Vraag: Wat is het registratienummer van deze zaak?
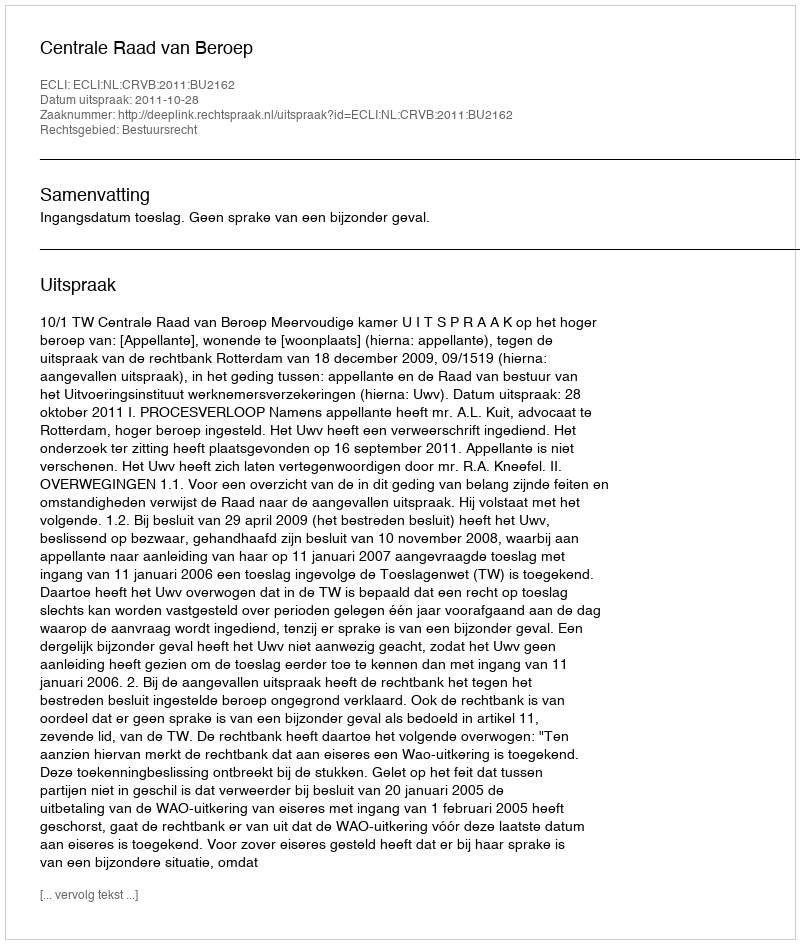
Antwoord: http://deeplink.rechtspraak.nl/uitspraak?id=ECLI:NL:CRVB:2011:BU2162